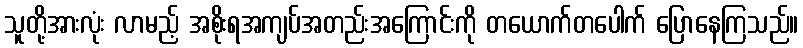
သူတို့အားလုံး လာမည့် အစိုးရအကျပ်အတည်းအကြောင်းကို တယောက်တပေါက် ပြောနေကြသည်။